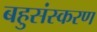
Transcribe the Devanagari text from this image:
बहुसंस्करण